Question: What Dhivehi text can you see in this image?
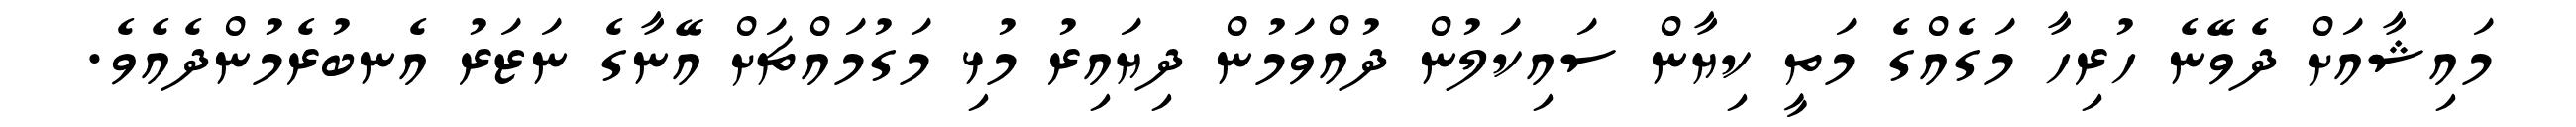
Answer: މައިޝާއަށް ދެވޭނެ ހުރިހާ މަގެއްގެ މަތީ ކިޔާން ސައިކަލުން ދުއްވަމުން ދިޔައިރު މުޅި މަގުމައްޗަށް އޭނާގެ ނަޒަރު އެނބުރެމުންދެއެވެ.